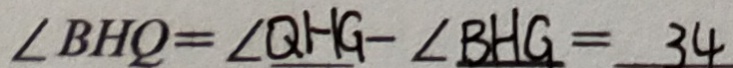
\angle B H Q = \angle Q H G = 3 4